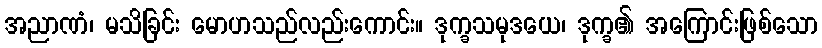
အညာဏံ၊ မသိခြင်း မောဟသည်လည်းကောင်း။ ဒုက္ခသမုဒယေ၊ ဒုက္ခ၏ အကြောင်းဖြစ်သော